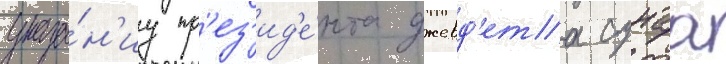
указа́н'иу пр'ез'ид'е́нта джевд'ета сунаа